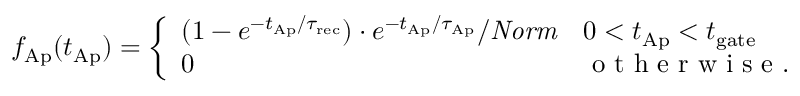
f _ { \mathrm { A p } } ( t _ { \mathrm { A p } } ) = \left\{ \begin{array} { l l } { { ( 1 - e ^ { - { t _ { \mathrm { A p } } } / { \tau _ { \mathrm { r e c } } } } ) \cdot e ^ { - { t _ { \mathrm { A p } } } / { \tau _ { \mathrm { A p } } } } } / { \mathit { N o r m } } } & { 0 < t _ { \mathrm { A p } } < t _ { \mathrm { g a t e } } } \\ { 0 } & { \mathrm { ~ o ~ t ~ h ~ e ~ r ~ w ~ i ~ s ~ e ~ . ~ } } \end{array} \right.